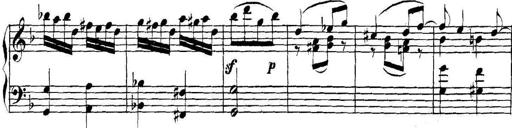
Title: Collected Piano Sonatas
Composer: Muzio Clementi